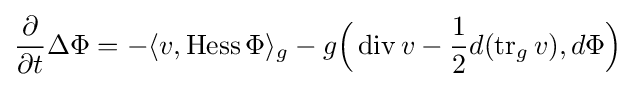
{\frac {\partial }{\partial t}}\Delta \Phi =-\langle v,\operatorname {Hess} \Phi \rangle _{g}-g{\Big (}\operatorname {div} v-{\frac {1}{2}}d(\operatorname {tr} _{g}v),d\Phi {\Big )}